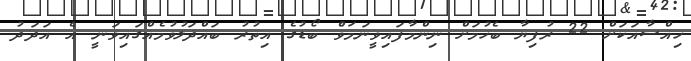
ހިއްސާއަކަށް 22 ރުފިޔާ ބެހުމަށް ނިންމާފައިވީނަމަވެް ބޯޑުގެ އިތުރު ބައްދަލުވުމެއްގައިވަނީ އެ އަދަދު